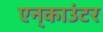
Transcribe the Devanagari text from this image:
एन्‌काउंटर